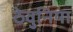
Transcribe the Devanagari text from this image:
ठेवुनिया